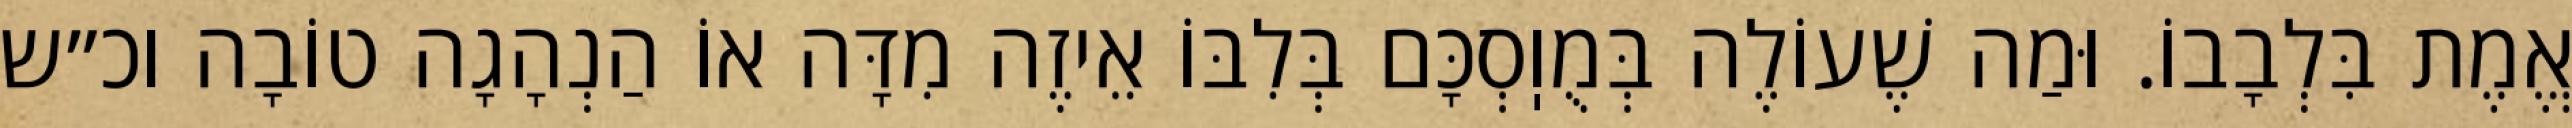
אֱמֶת בִּלְבָבוֹ. וּמַה שֶׁעוֹלֶה בְּמֻוֽסְכָּם בְּלִבּוֹ אֵיזֶה מִדָּה אוֹ הַנְהָגָה טוֹבָה וכ״ש